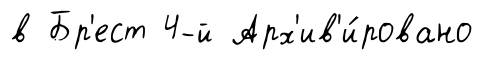
в Бр'ест 4-й Арх'ив'и́ровано